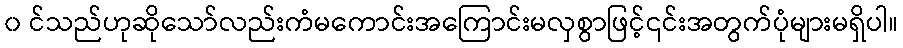
၀ င်သည်ဟုဆိုသော်လည်းကံမကောင်းအကြောင်းမလှစွာဖြင့်၎င်းအတွက်ပုံများမရှိပါ။